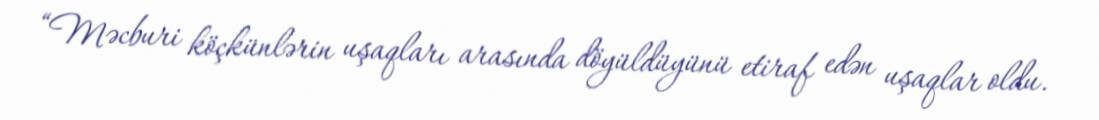
“Məcburi köçkünlərin uşaqları arasında döyüldüyünü etiraf edən uşaqlar oldu.